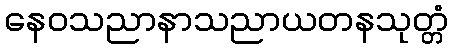
နေဝသညာနာသညာယတနသုတ္တံ